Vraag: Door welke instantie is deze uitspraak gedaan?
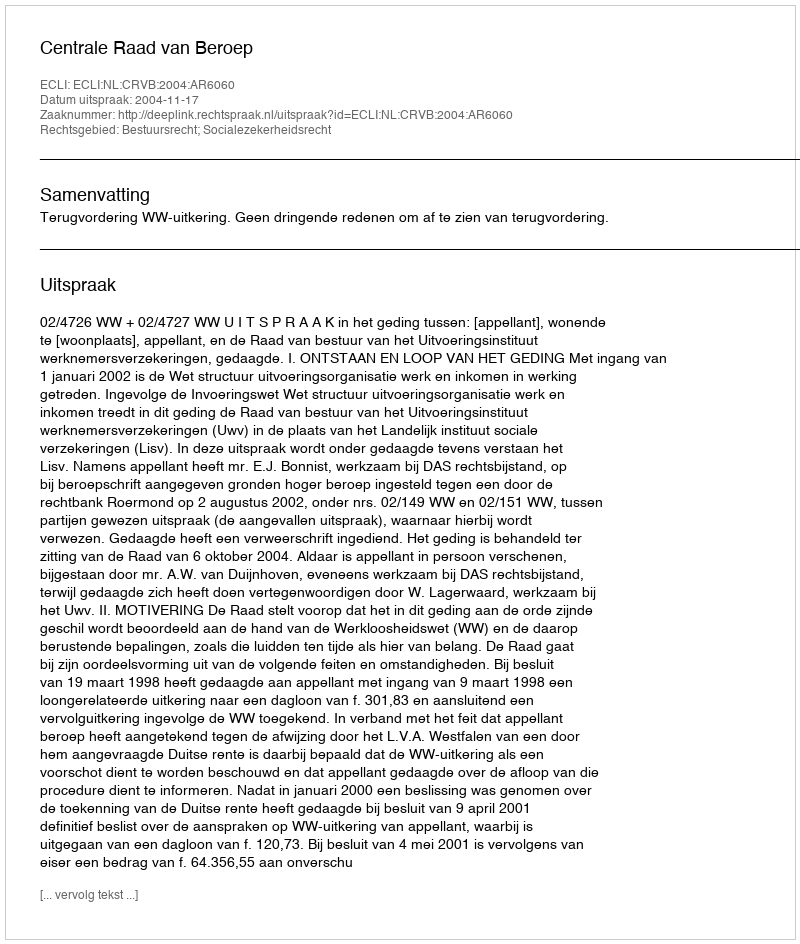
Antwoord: Centrale Raad van Beroep